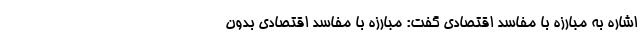
اشاره به مبارزه با مفاسد اقتصادی گفت: مبارزه با مفاسد اقتصادی بدون